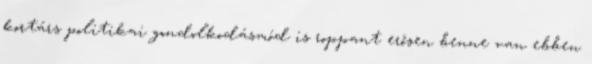
kortárs politikai gondolkodásmód is roppant erősen benne van ebben